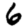
Digit: 6